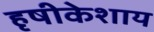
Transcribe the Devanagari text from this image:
हृषीकेशाय